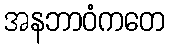
အနဘာဝံကတေ